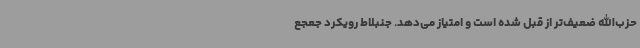
حزب‌الله ضعیف‌تر از قبل شده است و امتیاز می‌دهد. جنبلاط رویکرد جعجع